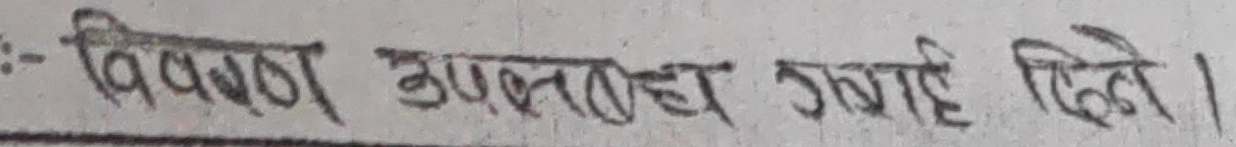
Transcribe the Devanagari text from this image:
:- विवरण उपलब्ध गराई दिनु।